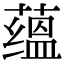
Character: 蕴